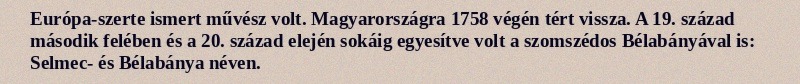
Európa-szerte ismert művész volt. Magyarországra 1758 végén tért vissza. A 19. század második felében és a 20. század elején sokáig egyesítve volt a szomszédos Bélabányával is: Selmec- és Bélabánya néven.